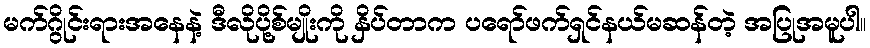
မက်ဂွိုင်းရားအနေနဲ့ ဒီလိုပို့စ်မျိုးကို နှိပ်တာက ပရော်ဖက်ရှင်နယ်မဆန်တဲ့ အပြုအမူပါ။